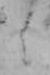
ニ